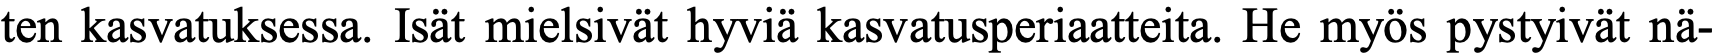
ten kasvatuksessa. Isät mielsivät hyviä kasvatusperiaatteita. He myös pystyivät nä-